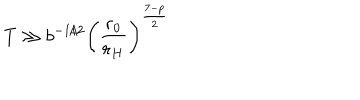
\ T \gg b ^ { - 1 / 2 } \left( \frac { r _ { 0 } } { r _ { H } } \right) ^ { \frac { 7 - p } { 2 } }